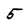
Character: 5